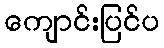
ကျောင်းပြင်ပ